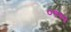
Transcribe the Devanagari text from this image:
०११५